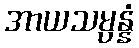
အာယသမ္ပန္နံ